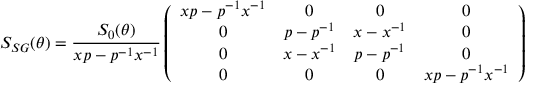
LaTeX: S _ { S G } ( \theta ) = \frac { S _ { 0 } ( \theta ) } { x p - p ^ { - 1 } x ^ { - 1 } } \left( \begin{array} { c c c c } { { x p - p ^ { - 1 } x ^ { - 1 } } } & { { 0 } } & { { 0 } } & { { 0 } } \\ { { 0 } } & { { p - p ^ { - 1 } } } & { { x - x ^ { - 1 } } } & { { 0 } } \\ { { 0 } } & { { x - x ^ { - 1 } } } & { { p - p ^ { - 1 } } } & { { 0 } } \\ { { 0 } } & { { 0 } } & { { 0 } } & { { x p - p ^ { - 1 } x ^ { - 1 } } } \end{array} \right) \,